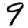
Digit: 9